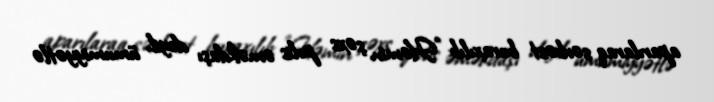
aparılaraq sərbəst buraxılıb: "Həmin şəxs polis əməkdaşı deyil, ümumiyyətlə